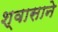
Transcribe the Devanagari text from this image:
श्वासाने